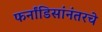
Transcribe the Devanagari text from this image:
फर्नांडिसांनंतरचे